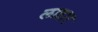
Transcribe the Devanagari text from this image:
लाहार